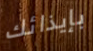
بإيذائك